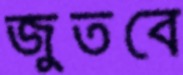
জুতবে